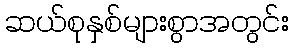
ဆယ်စုနှစ်များစွာအတွင်း